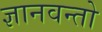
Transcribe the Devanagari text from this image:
ज्ञानवन्तो